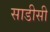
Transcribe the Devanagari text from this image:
साडीसी